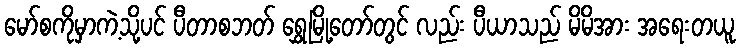
မော်စကိုမှာကဲ့သို့ပင် ပီတာစဘတ် ရွှေမြို့တော်တွင် လည်း ပီယာသည် မိမိအား အရေးတယူ